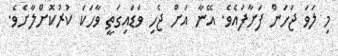
މި ލަވަ ޖަހަން ފަށާފައެވެ. އޭނާ އަށް ޖެހި ވަޑައިގަތީ ވާހަކަ ކުރުކޮށްލާށެވެ.